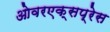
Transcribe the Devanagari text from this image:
ओवरएक्सप्रेस